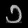
Digit: ၁